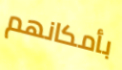
بأمكانهم